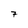
Character: 7